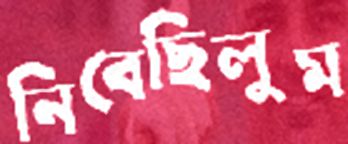
নিবেছিলুম